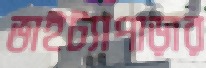
ভাইট্যাপাড়ার